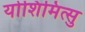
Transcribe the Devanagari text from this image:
योशिमित्सु